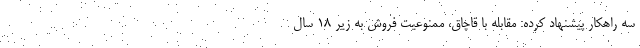
سه راهکار پیشنهاد کرده: مقابله با قاچاق، ممنوعیت فروش به زیر ۱۸ سال